Vaccination report Assam 1896-1927 - 1896-1927
Year: 1896
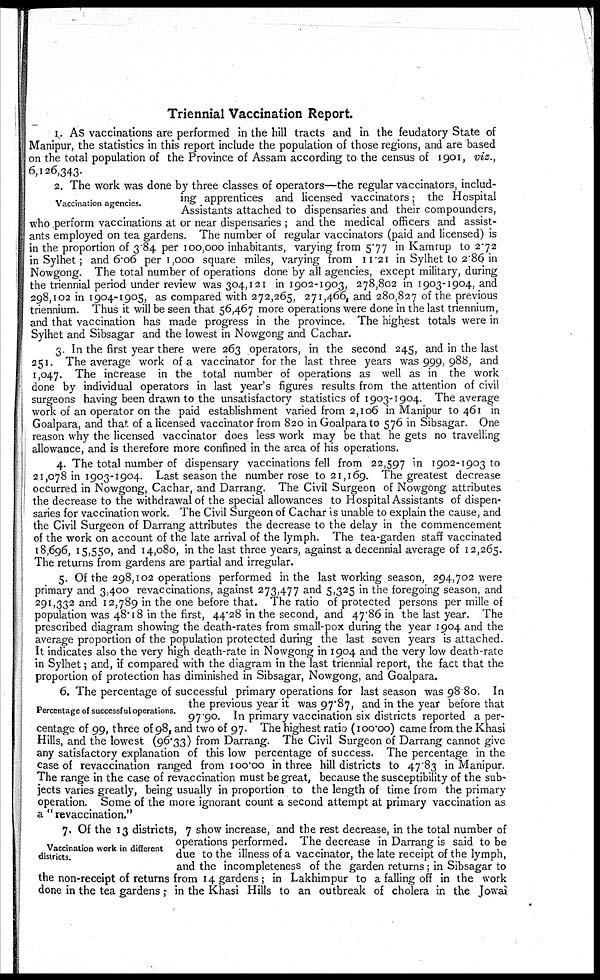
Triennial Vaccination Report.
1. As vaccinations are performed in the hill tracts and in the feudatory State of
Manipur, the statistics in this report include the population of those regions, and are based
on the total population of the Province of Assam according to the census of 1901, viz.,
6,126,343.
Vaccination agencies.
2. The work was done by three classes of operators—the regular vaccinators, includ-
ing apprentices and licensed vaccinators; the Hospital
Assistants attached to dispensaries and their compounders,
who perform vaccinations at or near dispensaries ; and the medical officers and assist-
ants employed on tea gardens. The number of regular vaccinators (paid and licensed) is
in the proportion of 3.84 per 100,000 inhabitants, varying from 5.77 in Kamrup to 2.72
in Sylhet; and 6.06 per 1,000 square miles, varying from 11.21 in Sylhet to 2.86 in
Nowgong. The total number of operations done by all agencies, except military, during
the triennial period under review was 304,121 in 1902-1903, 278,802 in 1903-1904, and
298,102 in 1904-1905, as compared with 272,265, 271,466, and 280,827 of the previous
triennium. Thus it will be seen that 56,467 more operations were done in the last triennium,
and that vaccination has made progress in the province. The highest totals were in
Sylhet and Sibsagar and the lowest in Nowgong and Cachar.
3. In the first year there were 263 operators, in the second 245, and in the last
251. The average work of a vaccinator for the last three years was 999, 988, and
1,047. The increase in the total number of operations as well as in the work
done by individual operators in last year's figures results from the attention of civil
surgeons having been drawn to the unsatisfactory statistics of 1903-1904. The average
work of an operator on the paid establishment varied from 2,106 in Manipur to 461 in
Goalpara, and that of a licensed vaccinator from 820 in Goalpara to 576 in Sibsagar. One
reason why the licensed vaccinator does less work may be that he gets no travelling
allowance, and is therefore more confined in the area of his operations.
4. The total number of dispensary vaccinations fell from 22,597 in 1902-1903 to
21,078 in 1903-1904. Last season the number rose to 21,169. The greatest decrease
occurred in Nowgong, Cachar, and Darrang. The Civil Surgeon of Nowgong attributes
the decrease to the withdrawal of the special allowances to Hospital Assistants of dispen-
saries for vaccination work. The Civil Surgeon of Cachar is unable to explain the cause, and
the Civil Surgeon of Darrang attributes the decrease to the delay in the commencement
of the work on account of the late arrival of the lymph. The tea-garden staff vaccinated
18,696, 15,550, and 14,080, in the last three years, against a decennial average of 12,265.
The returns from gardens are partial and irregular.
5. Of the 298,102 operations performed in the last working season, 294,702 were
primary and 3,400 revaccinations, against 273,477 and 5,325 in the foregoing season, and
291,332 and 12,789 in the one before that. The ratio of protected persons per mille of
population was 48.18 in the first, 44.28 in the second, and 47.86 in the last year. The
prescribed diagram showing the death-rates from small-pox during the year 1904 and the
average proportion of the population protected during the last seven years is attached.
It indicates also the very high death-rate in Nowgong in 1904 and the very low death-rate
in Sylhet; and, if compared with the diagram in the last triennial report, the fact that the
proportion of protection has diminished in Sibsagar, Nowgong, and Goalpara.
Percentage of successful operations.
6. The percentage of successful primary operations for last season was 98.80. In
the previous year it was 97.87, and in the year before that
97.90. In primary vaccination six districts reported a per-
centage of 99, three of 98, and two of 97. The highest ratio (100.00) came from, the Khasi
Hills, and the lowest (96.33) from Darrang. The Civil Surgeon of Darrang cannot give
any satisfactory explanation of this low percentage of success. The percentage in the
case of revaccination ranged from 100.00 in three hill districts to 47.83 in Manipur.
The range in the case of revaccination must be great, because the susceptibility of the sub-
jects varies greatly, being usually in proportion to the length of time from the primary
operation. Some of the more ignorant count a second attempt at primary vaccination as
a " revaccination."
Vaccination work in different
districts.
7. Of the 13 districts, 7 show increase, and the rest decrease, in the total number of
operations performed. The decrease in Darrang is said to be
due to the illness of a vaccinator, the late receipt of the lymph,
and the incompleteness of the garden returns; in Sibsagar to
the non-receipt of returns from 14 gardens; in Lakhimpur to a falling off in the work
done in the tea gardens; in the Khasi Hills to an outbreak of cholera in the Jowai